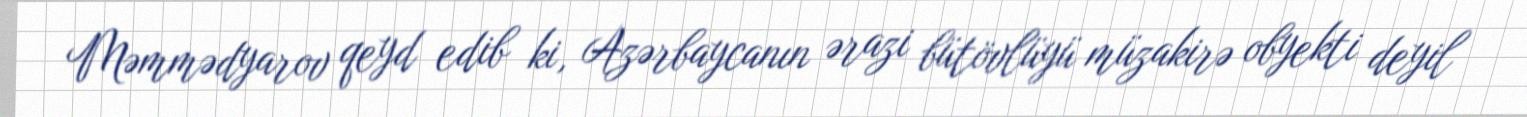
Məmmədyarov qeyd edib ki, Azərbaycanın ərazi bütövlüyü müzakirə obyekti deyil